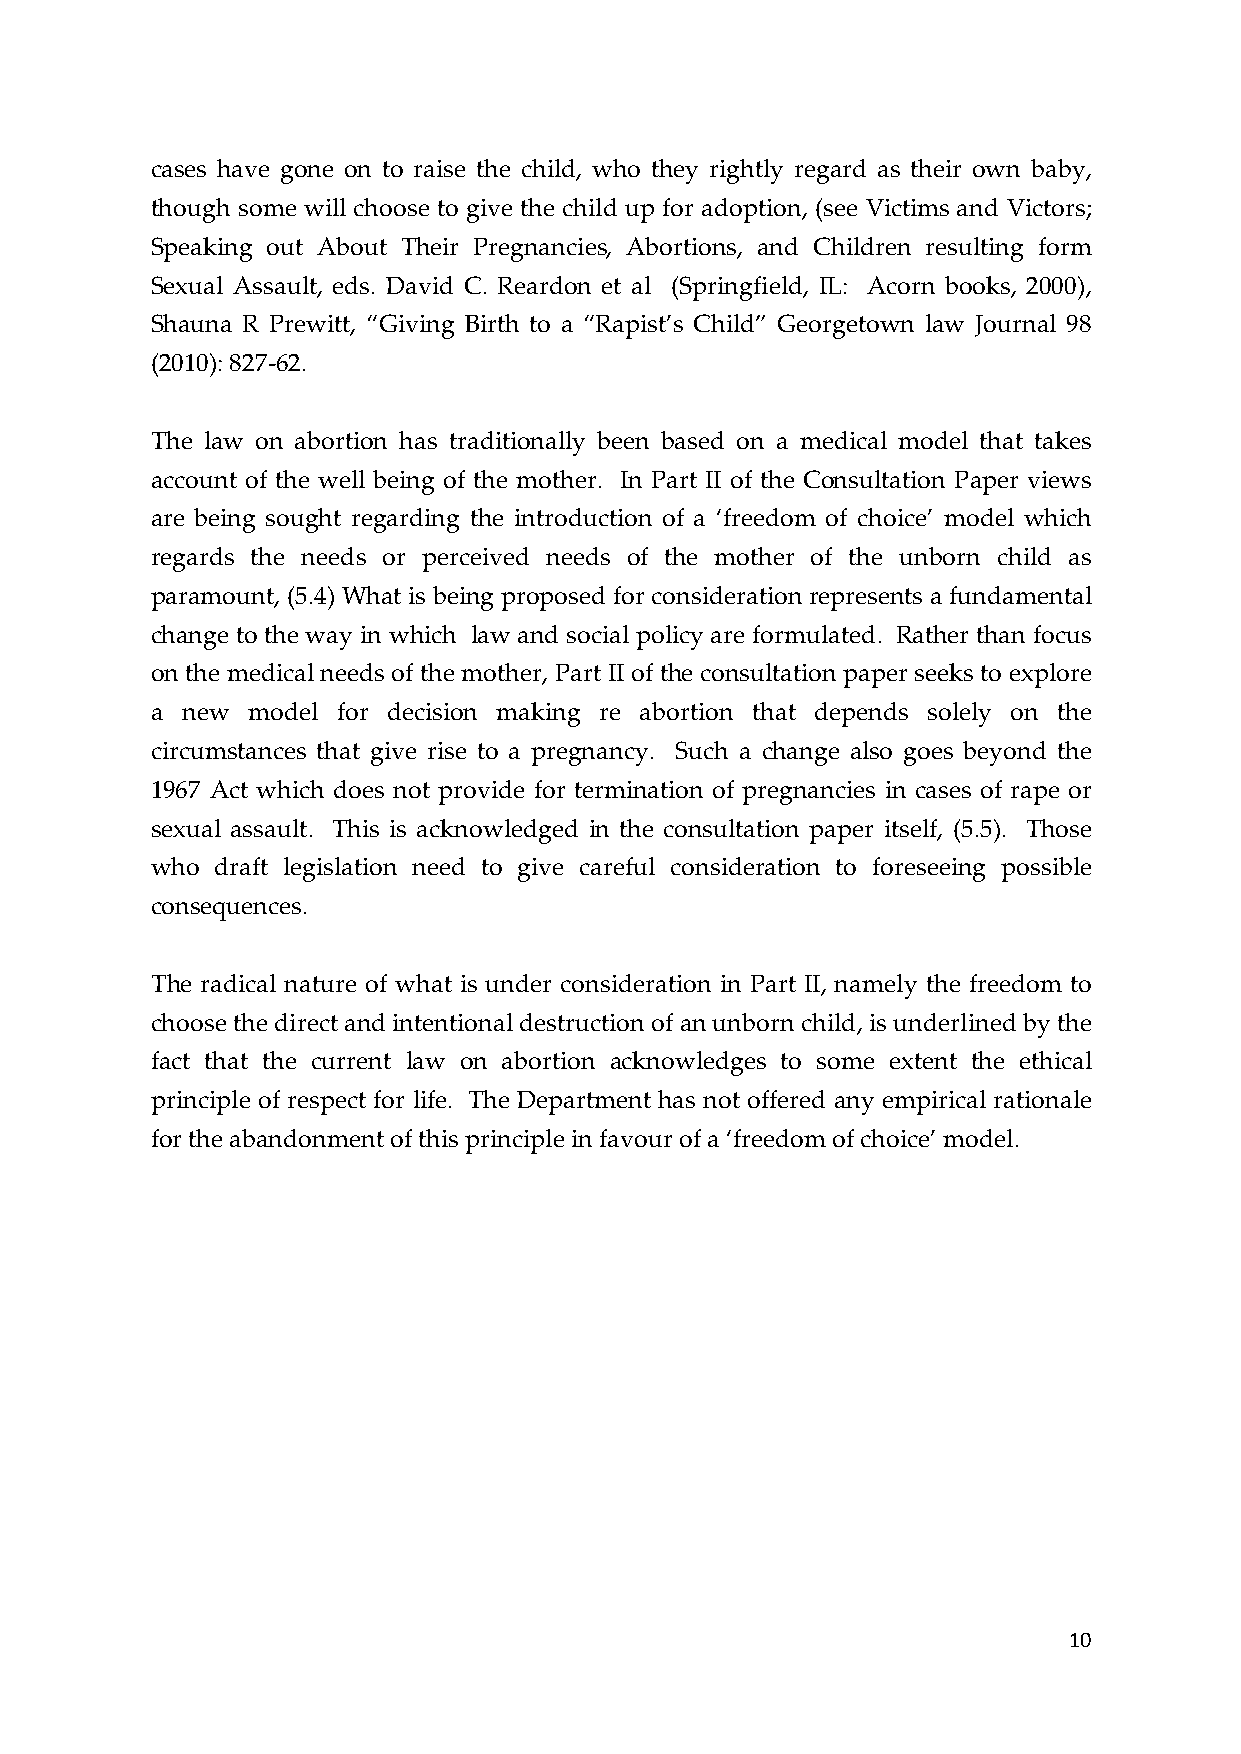
cases have gone on to raise the child, who they rightly regard as their own baby,
 though some will choose to give the child up for adoption, (see Victims and Victors;
 Speaking out About Their Pregnancies, Abortions, and Children resulting form
 Sexual Assault, eds. David C. Reardon et al (Springfield, IL: Acorn books, 2000),
 Shauna R Prewitt, “Giving Birth to a “Rapist’s Child” Georgetown law Journal 98
 (2010): 827-­‐‑62.
 The law on abortion has traditionally been based on a medical model that takes
 account of the well being of the mother. In Part II of the Consultation Paper views
 are being sought regarding the introduction of a ‘freedom of choice’ model which
 regards the needs or perceived needs of the mother of the unborn child as
 paramount, (5.4) What is being proposed for consideration represents a fundamental
 change to the way in which law and social policy are formulated. Rather than focus
 on the medical needs of the mother, Part II of the consultation paper seeks to explore
 a new model for decision making re abortion that depends solely on the
 circumstances that give rise to a pregnancy. Such a change also goes beyond the
 1967 Act which does not provide for termination of pregnancies in cases of rape or
 sexual assault. This is acknowledged in the consultation paper itself, (5.5). Those
 who draft legislation need to give careful consideration to foreseeing possible
 consequences.
 The radical nature of what is under consideration in Part II, namely the freedom to
 choose the direct and intentional destruction of an unborn child, is underlined by the
 fact that the current law on abortion acknowledges to some extent the ethical
 principle of respect for life. The Department has not offered any empirical rationale
 for the abandonment of this principle in favour of a ‘freedom of choice’ model.
 10